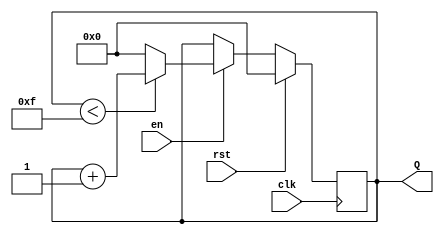
module up_counter_with_enable (
    input wire clk,          // Clock input
    input wire en,          // Enable signal
    input wire rst,         // Synchronous reset signal
    output reg [3:0] Q      // 4-bit output for the count value
);

    // Parameter for maximum count value (15 for a 4-bit counter)
    parameter MAX_COUNT = 4'd15;

    // Synchronous reset and counting behavior
    always @(posedge clk) begin
        if (rst) begin
            Q <= 4'b0000;  // Reset count to 0
        end else if (en) begin
            if (Q < MAX_COUNT) begin
                Q <= Q + 1;  // Increment counter
            end else begin
                Q <= 4'b0000;  // Wrap around to 0
            end
        end
    end

endmodule